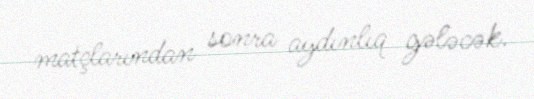
matçlarından sonra aydınlıq gələcək.